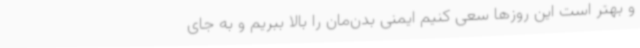
و بهتر است این روزها سعی کنیم ایمنی بدن‌مان را بالا ببریم و به جای